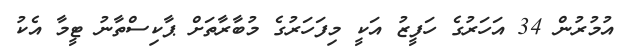
އުމުރުން 34 އަހަރުގެ ހަފީޒު އަކީ މިފަހަރުގެ މުބާރާތަށް ޕާކިސްތާނު ޓީމާ އެކު